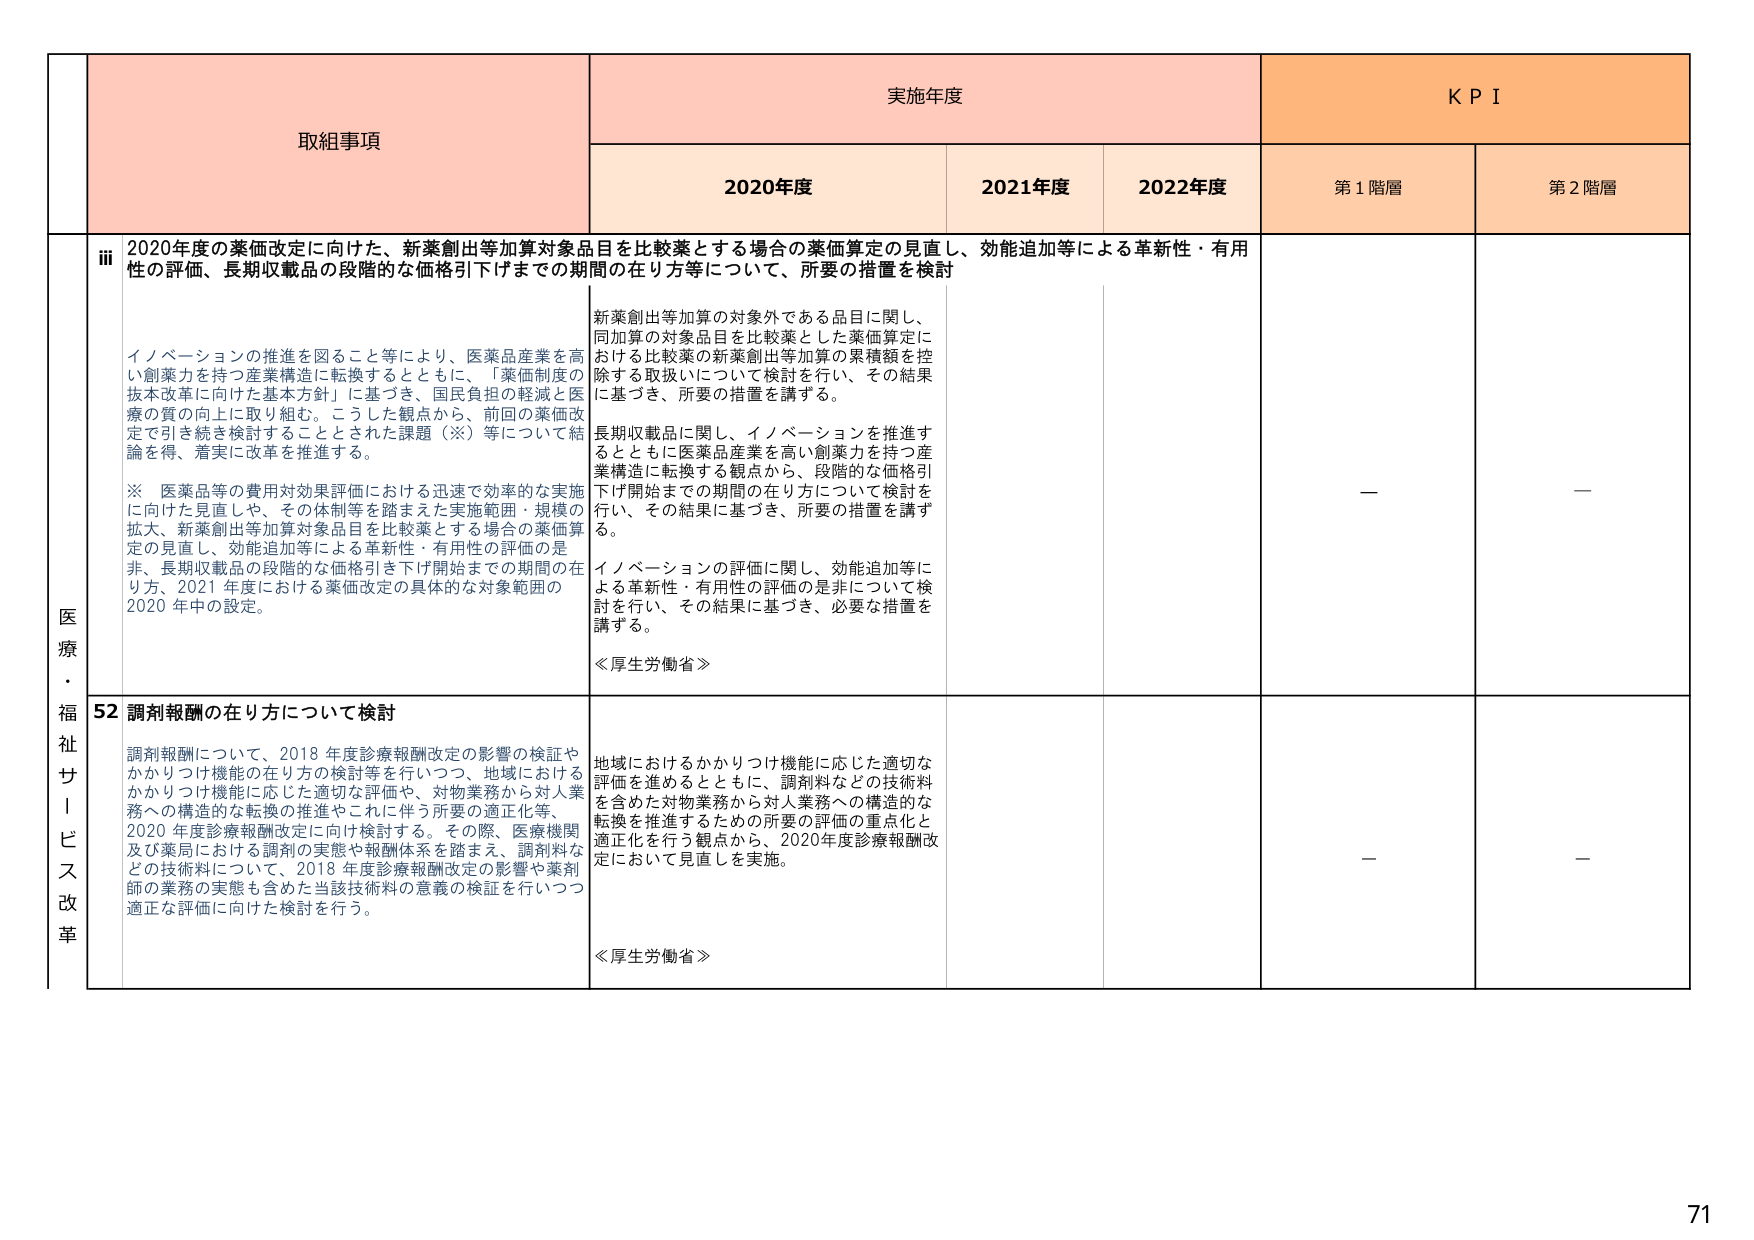
医療・福祉サービス改革

取組事項

実施年度

KPI

2020年度

2021年度

2022年度

第1階層

第2階層

ⅲ 2020年度の薬価改定に向けた、新薬創出等加算対象品目を比較薬とする場合の薬価算定の見直し、効能追加等による革新性・有用性の評価、長期収載品の段階的な価格引下げまでの期間の在り方等について、所要の措置を検討

イノベーションの推進を図ること等により、医薬品産業を高い創薬力を持つ産業構造に転換するとともに、「薬価制度の抜本改革に向けた基本方針」に倣づき、国民負担の軽減と医療の質の向上に取り組む。こうした観点から、前回の薬価改定で引き続き検討することとされた課題（※）等について結論を得、着実に改革を推進する。

※ 医薬品等の費用対効果評価における迅速で効率的な実施に向けた見直しや、その体制等を踏まえた実施範囲・規模の拡大、新薬創出等加算対象品目を比較薬とする場合の薬価算定の見直し、効能追加等による革新性・有用性の評価の是非、長期収載品の段階的な価格引き下げ開始までの期間の在り方、2021年度における薬価改定の具体的な対象範囲の2020年中の設定。

新薬創出等加算の対象外である品目に関し、同加算の対象品目を比較薬とした薬価算定における比較薬の新薬創出等加算の累積額を控除する取扱いについて検討を行い、その結果に基づき、所要の措置を講ずる。

長期収載品に関し、イノベーションを推進するとともに医薬品産業を高い創薬力を持つ産業構造に転換する観点から、段階的な価格引下げ開始までの期間の在り方について検討を行い、その結果に基づき、所要の措置を講ずる。

イノベーションの評価に関し、効能追加等による革新性・有用性の評価の是非について検討を行い、その結果に基づき、必要な措置を講ずる。

≪厚生労働省≫

—

—

52 調剤報酬の在り方について検討

調剤報酬について、2018年度診療報酬改定の影響の検証やかかりつけ機能の在り方の検討等を行いつつ、地域におけるかかりつけ機能に応じた適切な評価や、対物業務から対人業務への構造的な転換の推進やこれに伴う所要の適正化等、2020年度診療報酬改定に向け検討する。その際、医療機関及び薬局における調剤の実態や報酬体系を踏まえ、調剤料などの技術料について、2018年度診療報酬改定の影響や薬剤師の業務の実態も含めた当該技術料の意義の検証を行いつつ適正な評価に向けた検討を行う。

地域におけるかかりつけ機能に応じた適切な評価を進めるとともに、調剤料などの技術料を含めた対物業務から対人業務への構造的な転換を推進するための所要の評価の重点化と適正化を行う観点から、2020年度診療報酬改定において見直しを実施。

≪厚生労働省≫

—

—

71